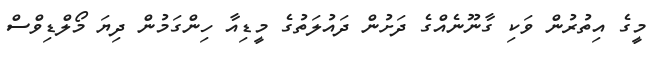
މީގެ އިތުރުން ވަކި ގާނޫނެއްގެ ދަށުން ދައުލަތުގެ މީޑިއާ ހިންގަމުން ދިޔަ މޯލްޑިވްސް